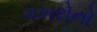
ગખરોનો